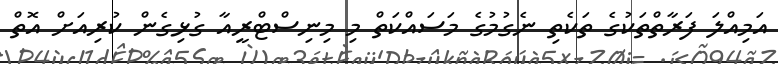
އަމިއްލަ ފަރާތްތަކުގެ ތަކެތި ނެގުމުގެ މަސައްކަތް މި މިނިސްޓްރީއާ ގުޅިގެން ކުރިއަށް އޮތް